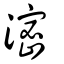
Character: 滵